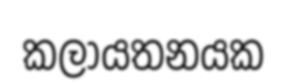
කලායතනයක